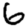
Digit: 6